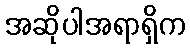
အဆိုပါအရာရှိက